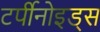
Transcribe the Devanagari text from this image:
टर्पीनोइड्स